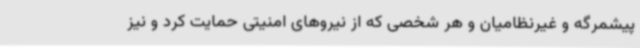
پیشمرگه و غیرنظامیان و هر شخصی که از نیروهای امنیتی حمایت کرد و نیز